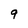
Character: 9